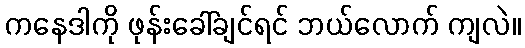
ကနေဒါကို ဖုန်းခေါ်ချင်ရင် ဘယ်လောက် ကျလဲ။